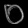
Digit: ၀